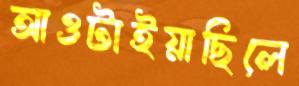
আওটাইয়াছিলে